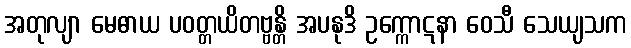
အတုလျာ မေဓာယ ပဝတ္တယိတဗ္ဗန္တိ အပနုဒိ ဥက္ကောဋနာ ဝေသီ သေယျသက